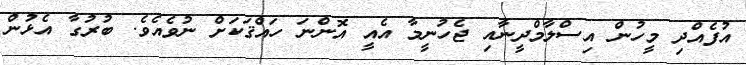
އުފެއްދި މީހުން އިސްލާމްދީނާއި ޖެހުނީމާ އެއީ އޮންނަ ހައްޤަކަށް ނުވެއެވެ. ބުރުގާ އެޅުން